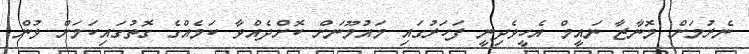
ނެރުމަށް މޮނާޒާ ނައީމް އެހީވެދިނީ ފަހަރުގައި މައުމޫނަށް ކޮށްދެއްވާ ކަމެއްގެ ގޮތުގައިކަމަށް ވުން